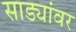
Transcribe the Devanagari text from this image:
साड्यांवर